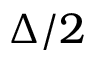
\Delta / 2